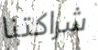
شراكتنا